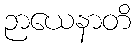
ဉာယေနာတိ